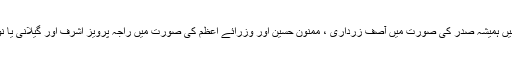
ایسی جمہوریت سے ہمیں ہمیشہ صدر کی صورت میں آصف زرداری ، ممنون حسین اور وزرائے اعظم کی صورت میں راجہ پرویز اشرف اور گیلانی یا نوازشریف ہی ملیں گے۔